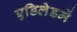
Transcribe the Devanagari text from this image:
एडिलेडमें